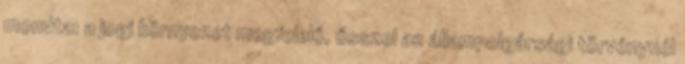
mondta: a jogi környezet megfelelő, ősszel az állampolgársági törvénynél